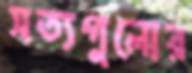
সত্যগুলোর